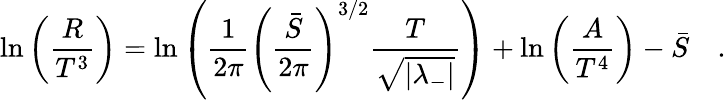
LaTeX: \ln\left(\frac{R}{T^{3}}\right)=\ln\left(\frac{1}{2\pi}\left(\frac{\bar{S}}{2\pi}\right)^{3/2}\frac{T}{\sqrt{|\lambda_{-}|}}\right)+\ln\left(\frac{A}{T^{4}}\right)-\bar{S}\quad.